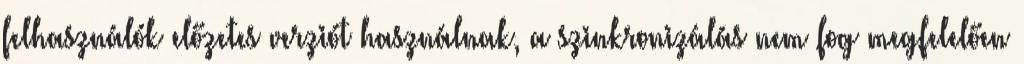
felhasználók előzetes verziót használnak, a szinkronizálás nem fog megfelelően